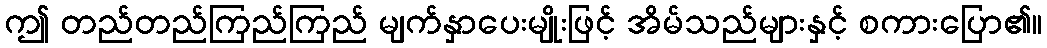
ဤ တည်တည်ကြည်ကြည် မျက်နှာပေးမျိုးဖြင့် အိမ်သည်များနှင့် စကားပြော၏။